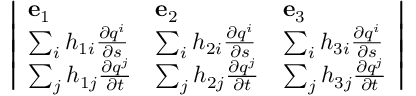
{ \left| \begin{array} { l l l } { \mathbf { e } _ { 1 } } & { \mathbf { e } _ { 2 } } & { \mathbf { e } _ { 3 } } \\ { \sum _ { i } h _ { 1 i } { \frac { \partial q ^ { i } } { \partial s } } } & { \sum _ { i } h _ { 2 i } { \frac { \partial q ^ { i } } { \partial s } } } & { \sum _ { i } h _ { 3 i } { \frac { \partial q ^ { i } } { \partial s } } } \\ { \sum _ { j } h _ { 1 j } { \frac { \partial q ^ { j } } { \partial t } } } & { \sum _ { j } h _ { 2 j } { \frac { \partial q ^ { j } } { \partial t } } } & { \sum _ { j } h _ { 3 j } { \frac { \partial q ^ { j } } { \partial t } } } \end{array} \right| }